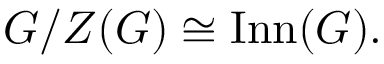
G / Z ( G ) \cong \operatorname { I n n } ( G ) .